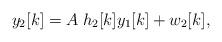
LaTeX: \begin{align*}y_2[k]=A \; h_2[k]y_1[k]+w_2[k],\end{align*}